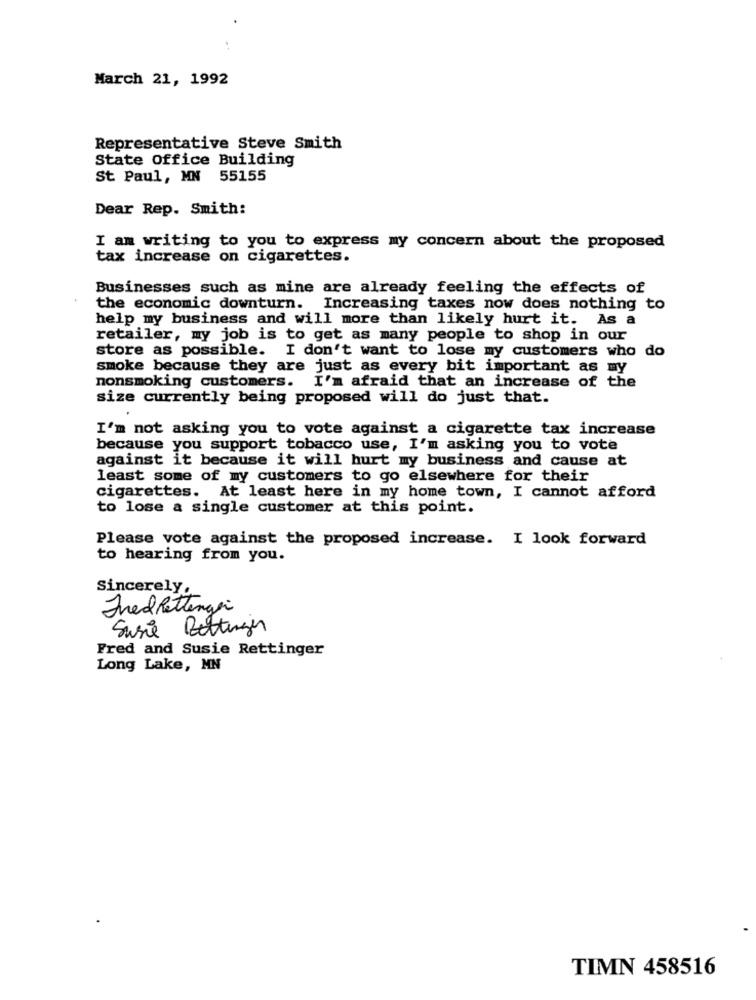
March 21, 1992
Representative Steve Smith
State Office Building
St Paul, MN 55155
Dear Rep. Smith:
I am writing to you to express my concern about the proposed
tax increase on cigarettes.
Businesses such as mine are already feeling the effects of
the economic downturn.
Increasing taxes now does nothing to
help my business and will more than likely hurt it. As a
retailer, my job is to get as many people to shop in our
store as possible. I don't want to lose my customers who do
smoke because they are just as every bit important as my
nonsmoking customers. I'm afraid that an increase of the
size currently being proposed will do just that.
I'm not asking you to vote against a cigarette tax increase
because you support tobacco use, I'm asking you to vote
against it because it will hurt my business and cause at
least some of my customers to go elsewhere for their
cigarettes. At least here in my home town, I cannot afford
to lose a single customer at this point.
Please vote against the proposed increase. I look forward
to hearing from you.
Sincerely.
Fred Rettinger
Susie Bettinger
Fred and Susie Rettinger
Long Lake, MN
TIMN 458516